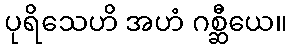
ပုရိသေဟိ အဟံ ဂစ္ဆီယေ။